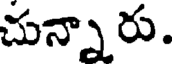
చున్నారు.